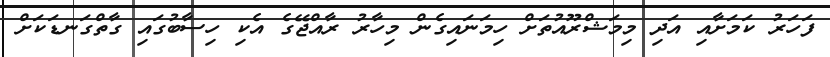
ފަހަރު ކަމަށާއި އަދި މިމަޝްރޫއުތަށް ހިމަނައިގެން މިހާރު ރާއްޖޭގެ އެކި ހިސާބުގައި ގާތްގަނޑަކަށް